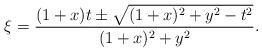
LaTeX: \begin{align*}\xi=\frac{(1+x)t\pm \sqrt{(1+x)^2+y^2-t^2}}{(1+x)^2+y^2}.\end{align*}